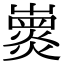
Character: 𡽽